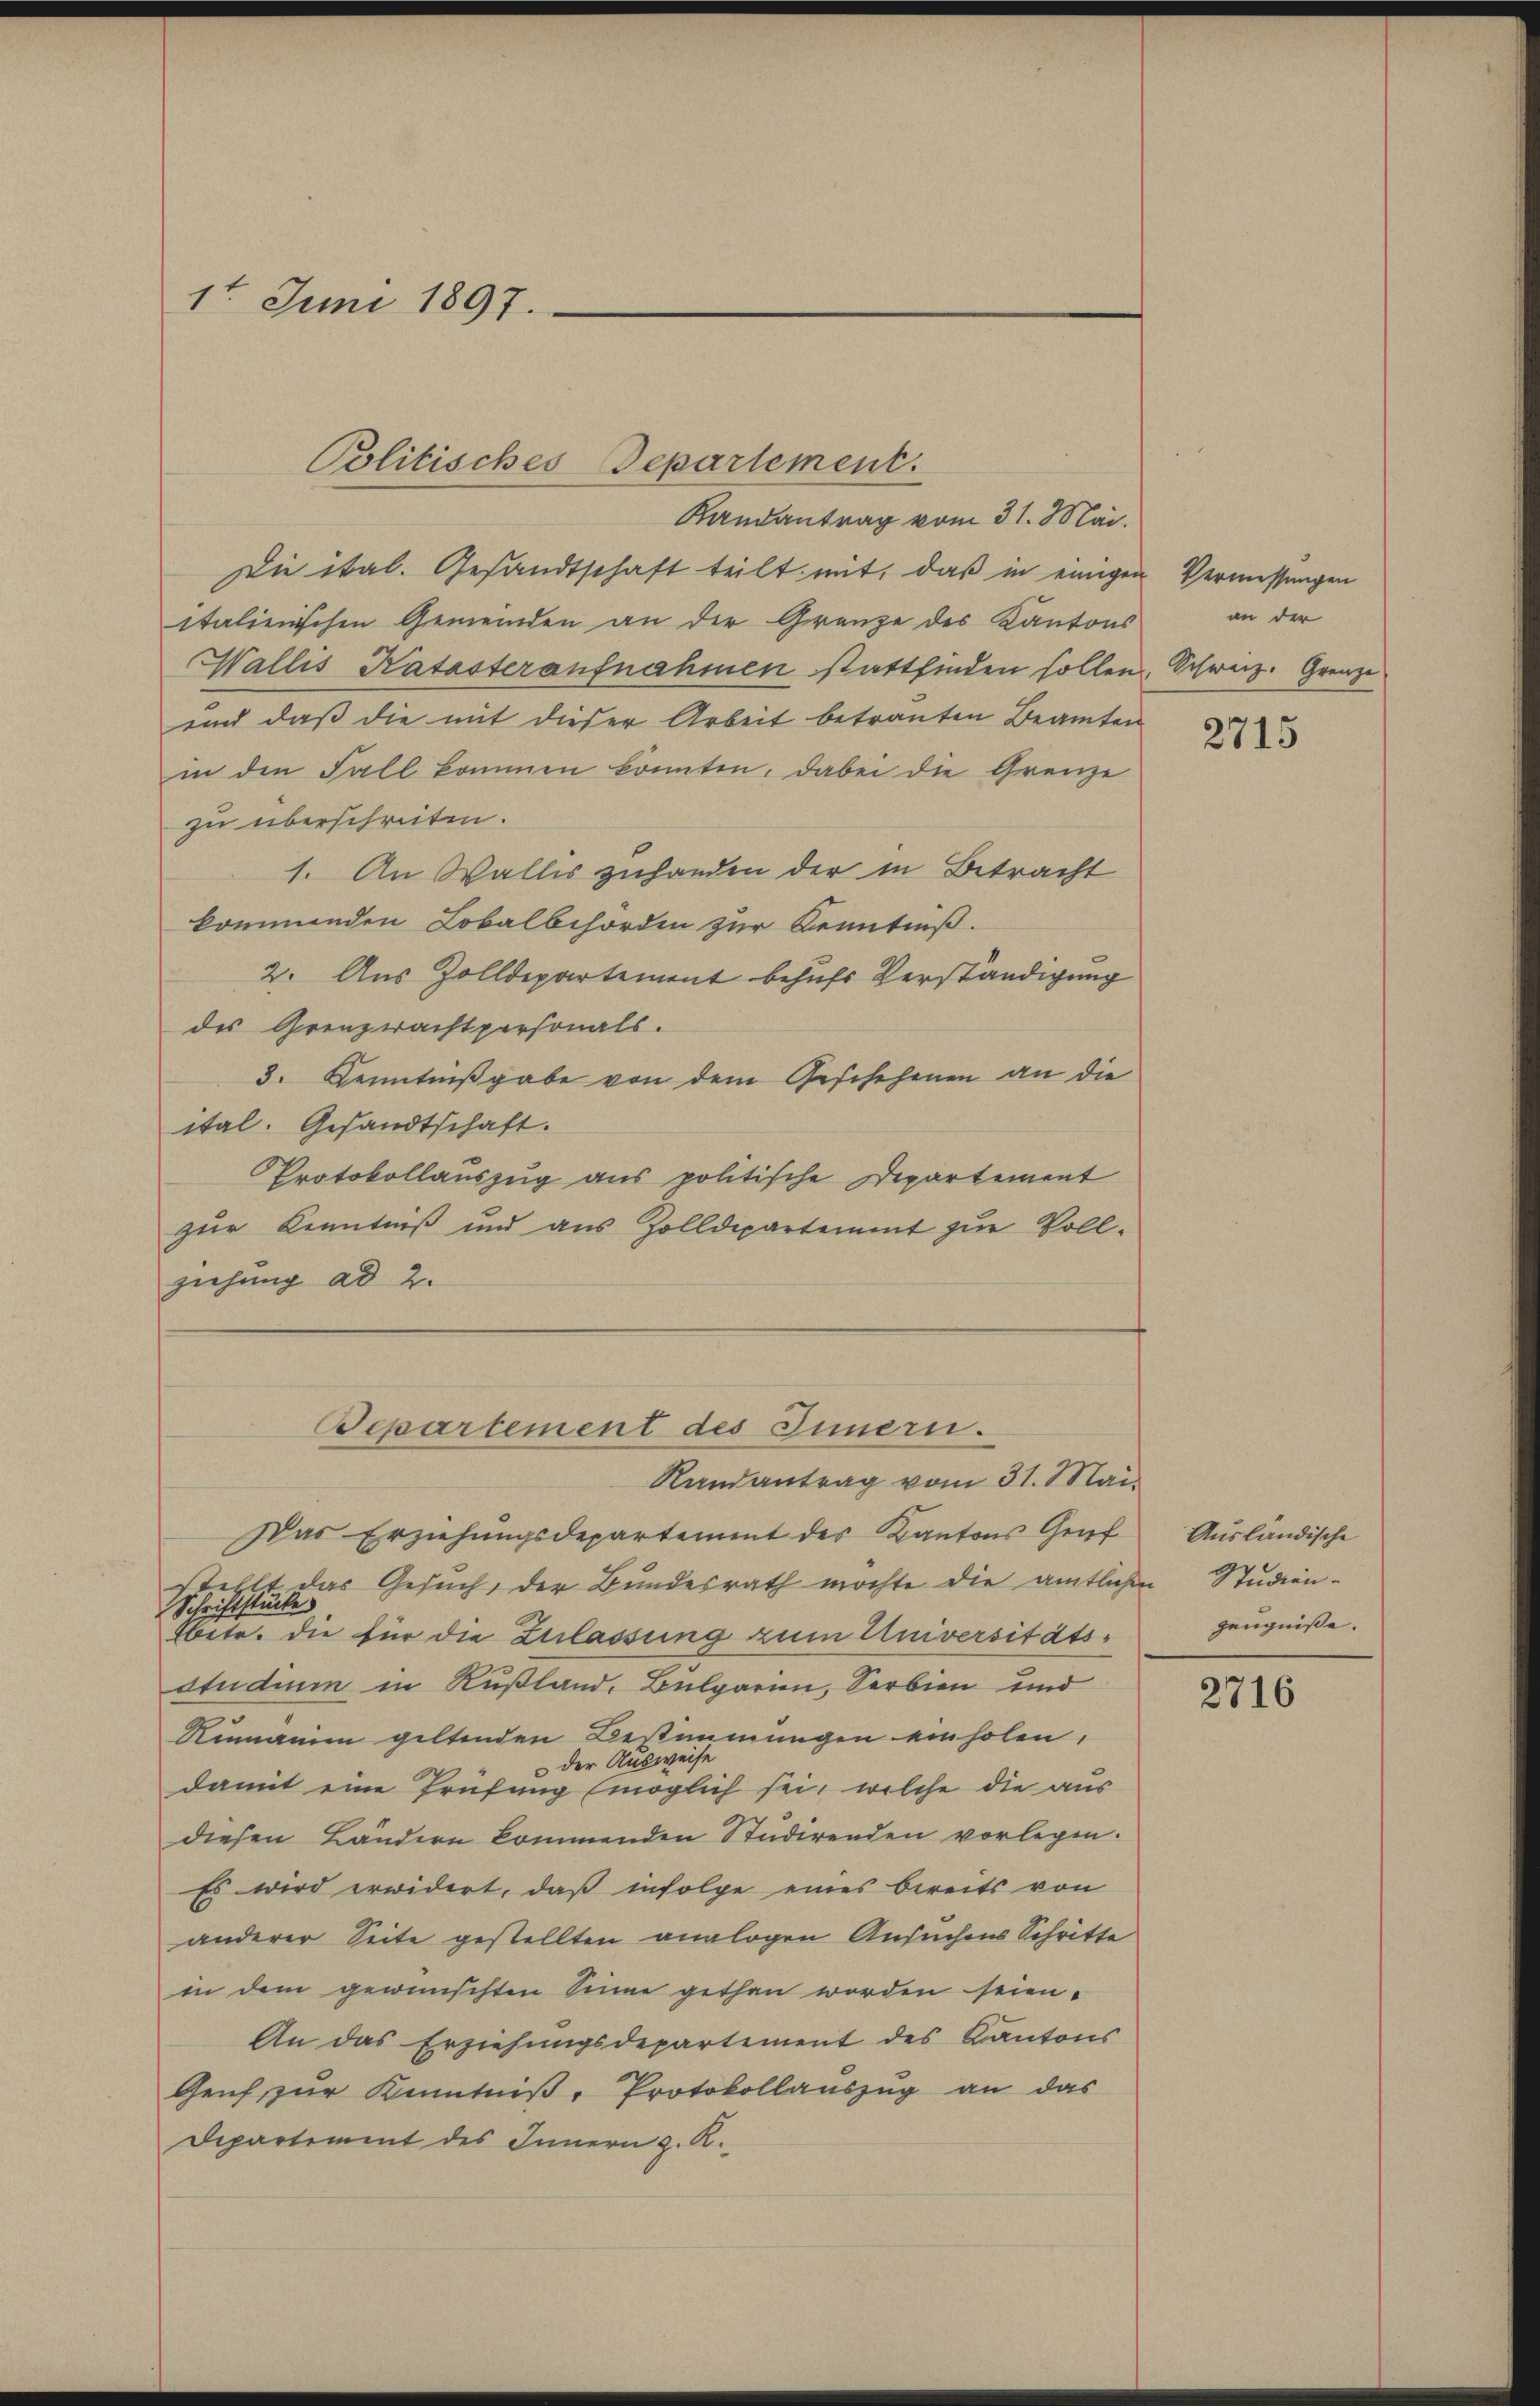
1t Juni 1897.
e

Politisches Departement.

Die ital. Gesandtschaft teilt mit, daß in einigen
italienischen Gemeinden an der Gränze des Kantons
Wallis Katasteraufnahmen stattfinden sollen.
und daß die mit dieser Arbeit betrauten Beamten
in den Fall kommen könnten, dabei die Grenze
zu überschreiten.
1. An Wallis zuhanden der in Betracht
kommenden Lokalbehörden zur Kenntniß.
2. Aus Zolldepartement behufs Verständigung
des Grenzwachtpersonals.
3. Kenntnißgabe von dem Geschehenen an die
ital. Gesandtschaft.
Protokollauszug aus politische Departement
zur Kenntniß und aus Zolldepartement zur Vollziehung ad 2.
Departement des Innern.
Randantrag vom 31. Mai
Das Erziehungsdepartement des Kantons Gruf
stellt das Gesuch, der Bundesrath möchte die amtlichen Studien¬
Schriftstücke
itr. die für die Zulassung zum Universitätsstudium in Rußland. Bulgarin, Serbien und
Rumanien geltenden Bestimmungen einholen,
der Ausweise
damit eine Prüfung (möglich sei, welche die aus
diesen Ländern kommenden Studirenden vorlegen.
Es wird erwidert, daß infolge eines bereits von
anderer Seite gestellten analogen Ansuchens Schritte
in dem gewünschten Sinne gethan worden seien.
An das Erziehungsdepartement des Kantons
Genf zŭr Kenntniβ, Protokollaŭszŭg an das
Departement des Innern z. R.

Randantrag vom 31. Mai.

Vermessungen
an der
Schweiz. Grenze

2715

Ausländische
zeugniße.

2716